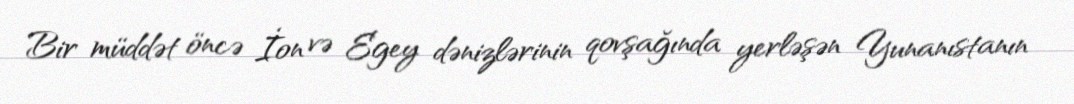
Bir müddət öncə İon və Egey dənizlərinin qovşağında yerləşən Yunanıstanın